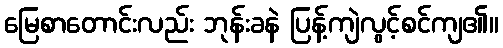
မြေစာတောင်းလည်း ဘုန်းခနဲ ပြန့်ကျဲလွင့်စင်ကျ၏။